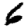
Digit: 6